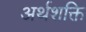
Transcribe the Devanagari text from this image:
अर्थशक्ति